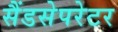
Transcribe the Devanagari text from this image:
सैंडसेपरेटर